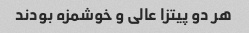
هر دو پیتزا عالی و خوشمزه بودند